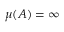
\mu ( A ) = \infty